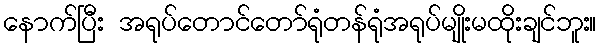
နောက်ပြီး အရုပ်တောင်တော်ရုံတန်ရုံအရုပ်မျိုးမထိုးချင်ဘူး။